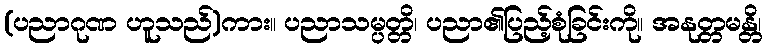
(ပညာဂုဏ ဟူသည်)ကား။ ပညာသမ္ပတ္တိ၊ ပညာ၏ပြည့်စုံခြင်းကို။ အနုတ္တမန္တိ၊